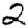
Digit: 2